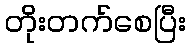
တိုးတက်စေပြီး